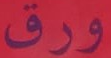
ورق